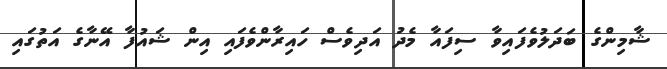
ޝާމިންގެ ބަދަލުވެފައިވާ ސިފައާ މެދު އަދިވެސް ހައިރާންވެފައި އިން ޝައުފާ އޭނާގެ އަތުގައި